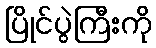
ပြိုင်ပွဲကြီးကို